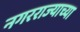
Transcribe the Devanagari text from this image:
नगरराज्याच्या